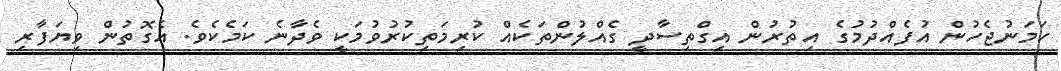
ހަމަނުޖެހުން އުފެއްދުމުގެ އިތުރުން އިގްތިސާދީ ގެއްލުންތަކެއް ކުރިމަތިކުރުވުމަކީ ވެދާނެ ކަމެކެވެ. އެގޮތުން ވިޔަފާރި